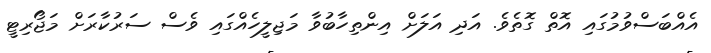
އެއްބަސްވުމުގައި އޮތް ގޮތެވެ. އަދި އަލަށް އިންތިހާބުވާ މަޖިލީހެއްގައި ވެސް ސަރުކާރަށް މަޖޯރިޓީ